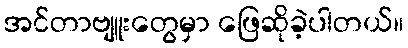
အင်တာဗျူးတွေမှာ ဖြေဆိုခဲ့ပါတယ်။